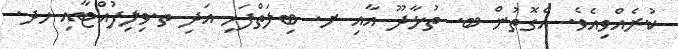
ކުރެއްވިއެވެ. އެގޮތުން ބ. ތުޅާދޫ އާއި ށ. ބިލަތްފަހި އަދި ތ.ވިލިފުއްޓާއި ހދ.